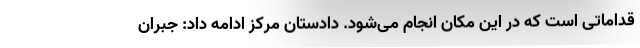
قداماتی است که در این مکان انجام می‌شود. دادستان مرکز ادامه داد: جبران